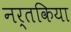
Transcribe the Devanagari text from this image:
नर्तकिया